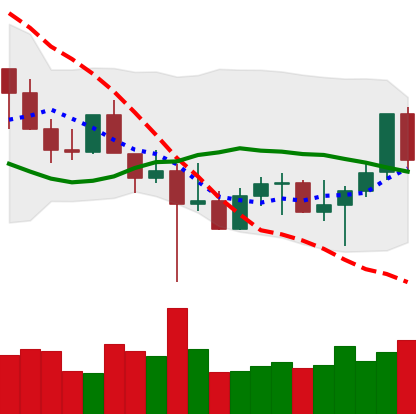
Ticker: LTC-USD
Chart end date: 2022-10-24
Forward return: 7.47%
Label: up_7plus